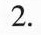
2.